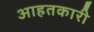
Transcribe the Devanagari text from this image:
आहतकारी